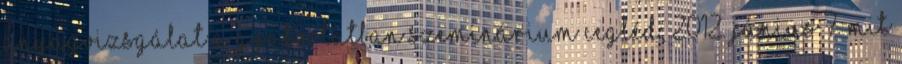
Anyagvizsgálat a gyakorlatban szeminárium Cegléd, 2012. Június 7. MIT